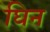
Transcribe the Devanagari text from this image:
घिन